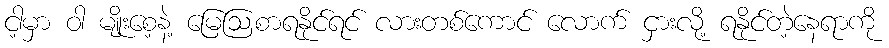
ငါ့မှာ ဝါ မျိုးစေ့နဲ့ မြေဩစာရနိုင်ရင် လားတစ်ကောင် လောက် ငှားလို့ ရနိုင်တဲ့နေရာကို